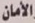
الأمان